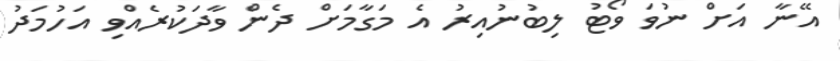
އޭނާ އަށް ނުވަ ވޯޓު ލިބުނުއިރު އެ މަގާމަށް ދެން ވާދަކުރެއްވި އަހުމަދު